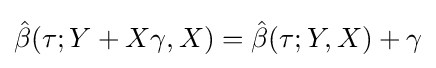
{\hat {\beta }}(\tau ;Y+X\gamma ,X)={\hat {\beta }}(\tau ;Y,X)+\gamma